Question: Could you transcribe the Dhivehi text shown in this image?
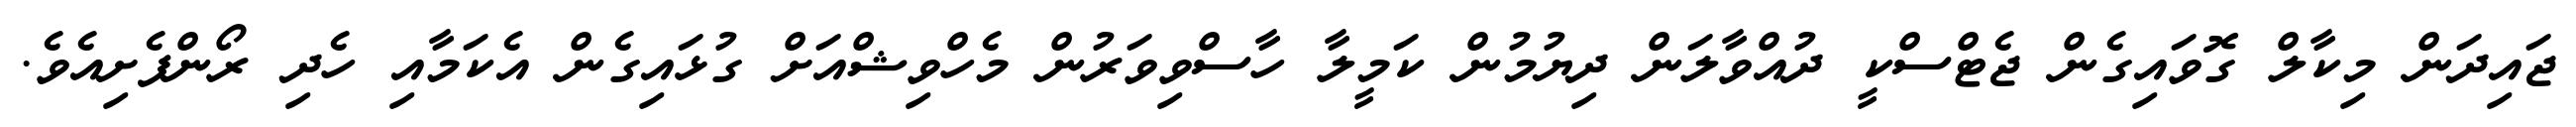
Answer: ޖައިދަން މިކާލް ގޮވައިގެން ޖެޓްސްކީ ދުއްވާލަން ދިޔުމުން ކަމީލާ ހާސްވިވަރުން މެހްވިޝްއަށް ގުޅައިގެން އެކަމާއި ހެދި ރޯންފެށިއެވެ.